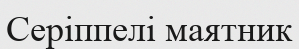
Серіппелі маятник